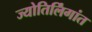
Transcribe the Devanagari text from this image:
ज्योतिर्लिंगांत